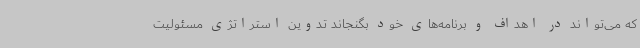
که می‌تواند در اهداف و برنامه‌های خود بگنجاند تدوین استراتژی مسئولیت